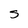
Character: s